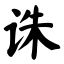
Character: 诛